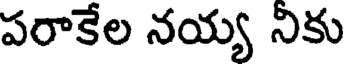
పరాకేల నయ్య నికు